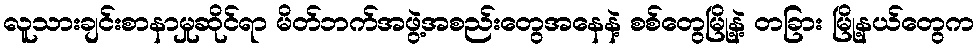
လူသားချင်းစာနာမှုဆိုင်ရာ မိတ်ဘက်အဖွဲ့အစည်းတွေအနေနဲ့ စစ်တွေမြို့နဲ့ တခြား မြို့နယ်တွေက